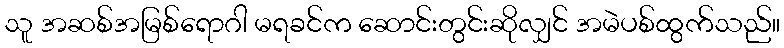
သူ အဆစ်အမြစ်ရောဂါ မရခင်က ဆောင်းတွင်းဆိုလျှင် အမဲပစ်ထွက်သည်။